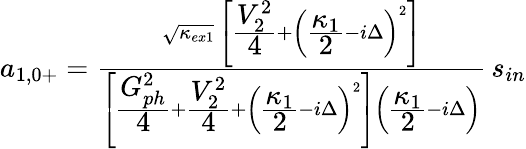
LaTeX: \begin{array}{r}{a_{1,0+}=\frac{\sqrt{\kappa_{ex1}}\, \left[\cfrac{V_{2}^{2}}{4}+\left(\cfrac{\kappa_{1}}{2}-i\Delta\right)^{2}\right]}{\left[\cfrac{G_{ph}^{2}}{4}+\cfrac{V_{2}^{2}}{4}+\left(\cfrac{\kappa_{1}}{2}-i\Delta\right)^{2}\right]\left(\cfrac{\kappa_{1}}{2}-i\Delta\right)}\, s_{in}}\end{array}